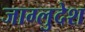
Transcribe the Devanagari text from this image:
जाग्लुदेश